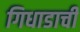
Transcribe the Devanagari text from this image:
गिधाडाची